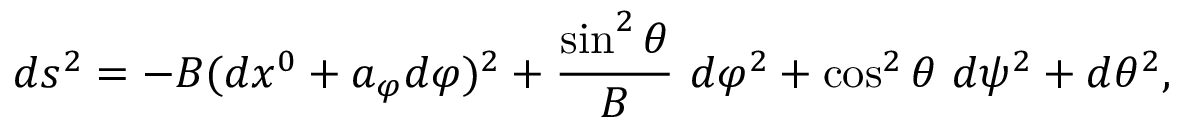
d s ^ { 2 } = - B ( d x ^ { 0 } + a _ { \varphi } d \varphi ) ^ { 2 } + { \frac { \sin ^ { 2 } \theta } { B } } ~ d \varphi ^ { 2 } + \cos ^ { 2 } \theta ~ d \psi ^ { 2 } + d \theta ^ { 2 } ,